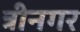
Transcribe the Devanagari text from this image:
त्रीनगर